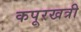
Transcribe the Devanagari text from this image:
कपूरखत्री